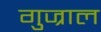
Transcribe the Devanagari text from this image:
गुज्राल